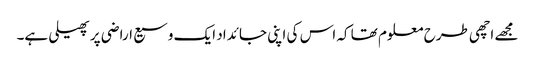
مجھے اچھی طرح معلوم تھا کہ اس کی اپنی جائداد ایک وسیع اراضی پر پھیلی ہے۔